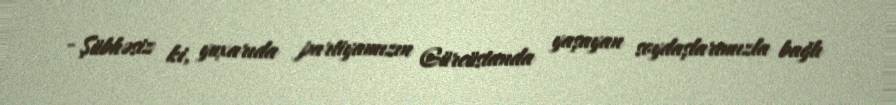
- Şübhəsiz ki, yuxarıda partiyamızın Gürcüstanda yaşayan soydaşlarımızla bağlı